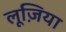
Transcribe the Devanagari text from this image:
लूज़िया